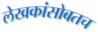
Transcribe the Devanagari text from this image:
लेखकांसोबतच